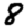
Digit: 8